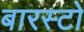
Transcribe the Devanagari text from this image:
बारस्टो